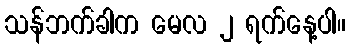
သန်ဘက်ခါက မေလ ၂ ရက်နေ့ပါ။